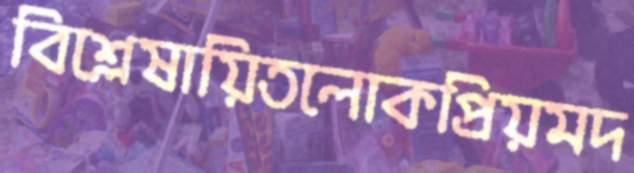
বিশ্লেষায়িতলোকপ্রিয়মদ